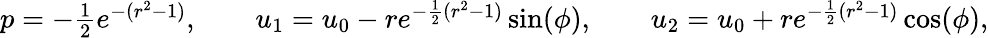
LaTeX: \begin{array}{r}{p=-\frac{1}{2}e^{-(r^{2}-1)},\qquad u_{1}=u_{0}-re^{-\frac{1}{2}(r^{2}-1)}\sin(\phi),\qquad u_{2}=u_{0}+re^{-\frac{1}{2}(r^{2}-1)}\cos(\phi),}\end{array}